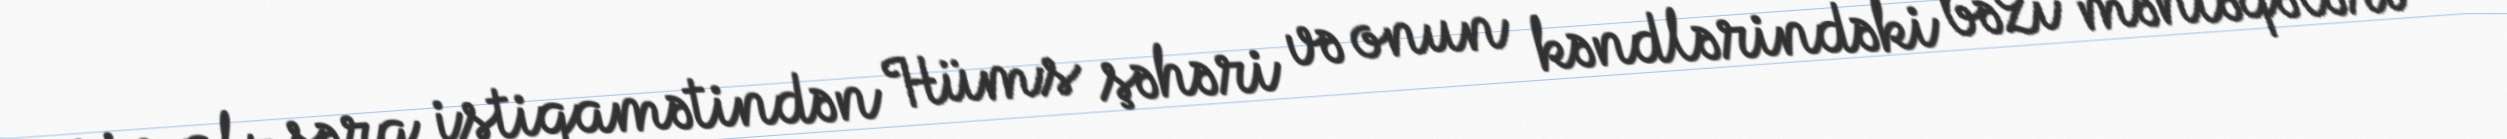
şimal-şərq istiqamətindən Hüms şəhəri və onun kəndlərindəki bəzi məntəqələri